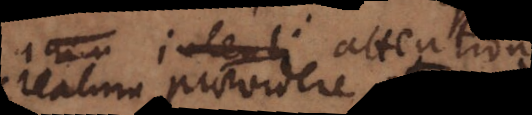
anim intenti attentionem